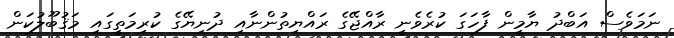
ނަމަވެސް އަބްދު ޔާމީން ފާހަގަ ކުރެވެނީ ރާއްޖޭގެ ރައްޔިތުންނާއި ދުނިޔޭގެ ކުރިމަތީގައި މަޤުބޫލުކަން